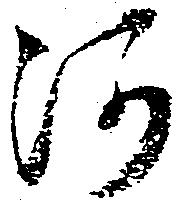
河